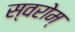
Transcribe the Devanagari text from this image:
स्वरोम्